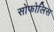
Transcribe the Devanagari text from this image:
सोफोलिस